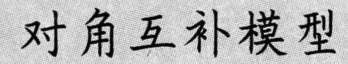
对角互补模型